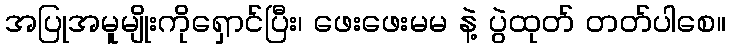
အပြုအမူမျိုးကိုရှောင်ပြီး၊ ဖေးဖေးမမ နဲ့ ပွဲထုတ် တတ်ပါစေ။